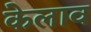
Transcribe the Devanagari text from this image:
केलाव